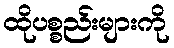
ထိုပစ္စည်းများကို